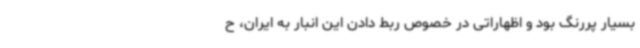
بسیار پررنگ بود و اظهاراتی در خصوص ربط دادن این انبار به ایران، ح